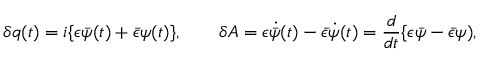
\delta q ( t ) = i \{ \epsilon \bar { \psi } ( t ) + \bar { \epsilon } \psi ( t ) \} , \qquad \delta A = \epsilon \dot { \bar { \psi } } ( t ) - \bar { \epsilon } \dot { \psi } ( t ) = { \frac { d } { d t } } \{ \epsilon \bar { \psi } - \bar { \epsilon } \psi ) ,